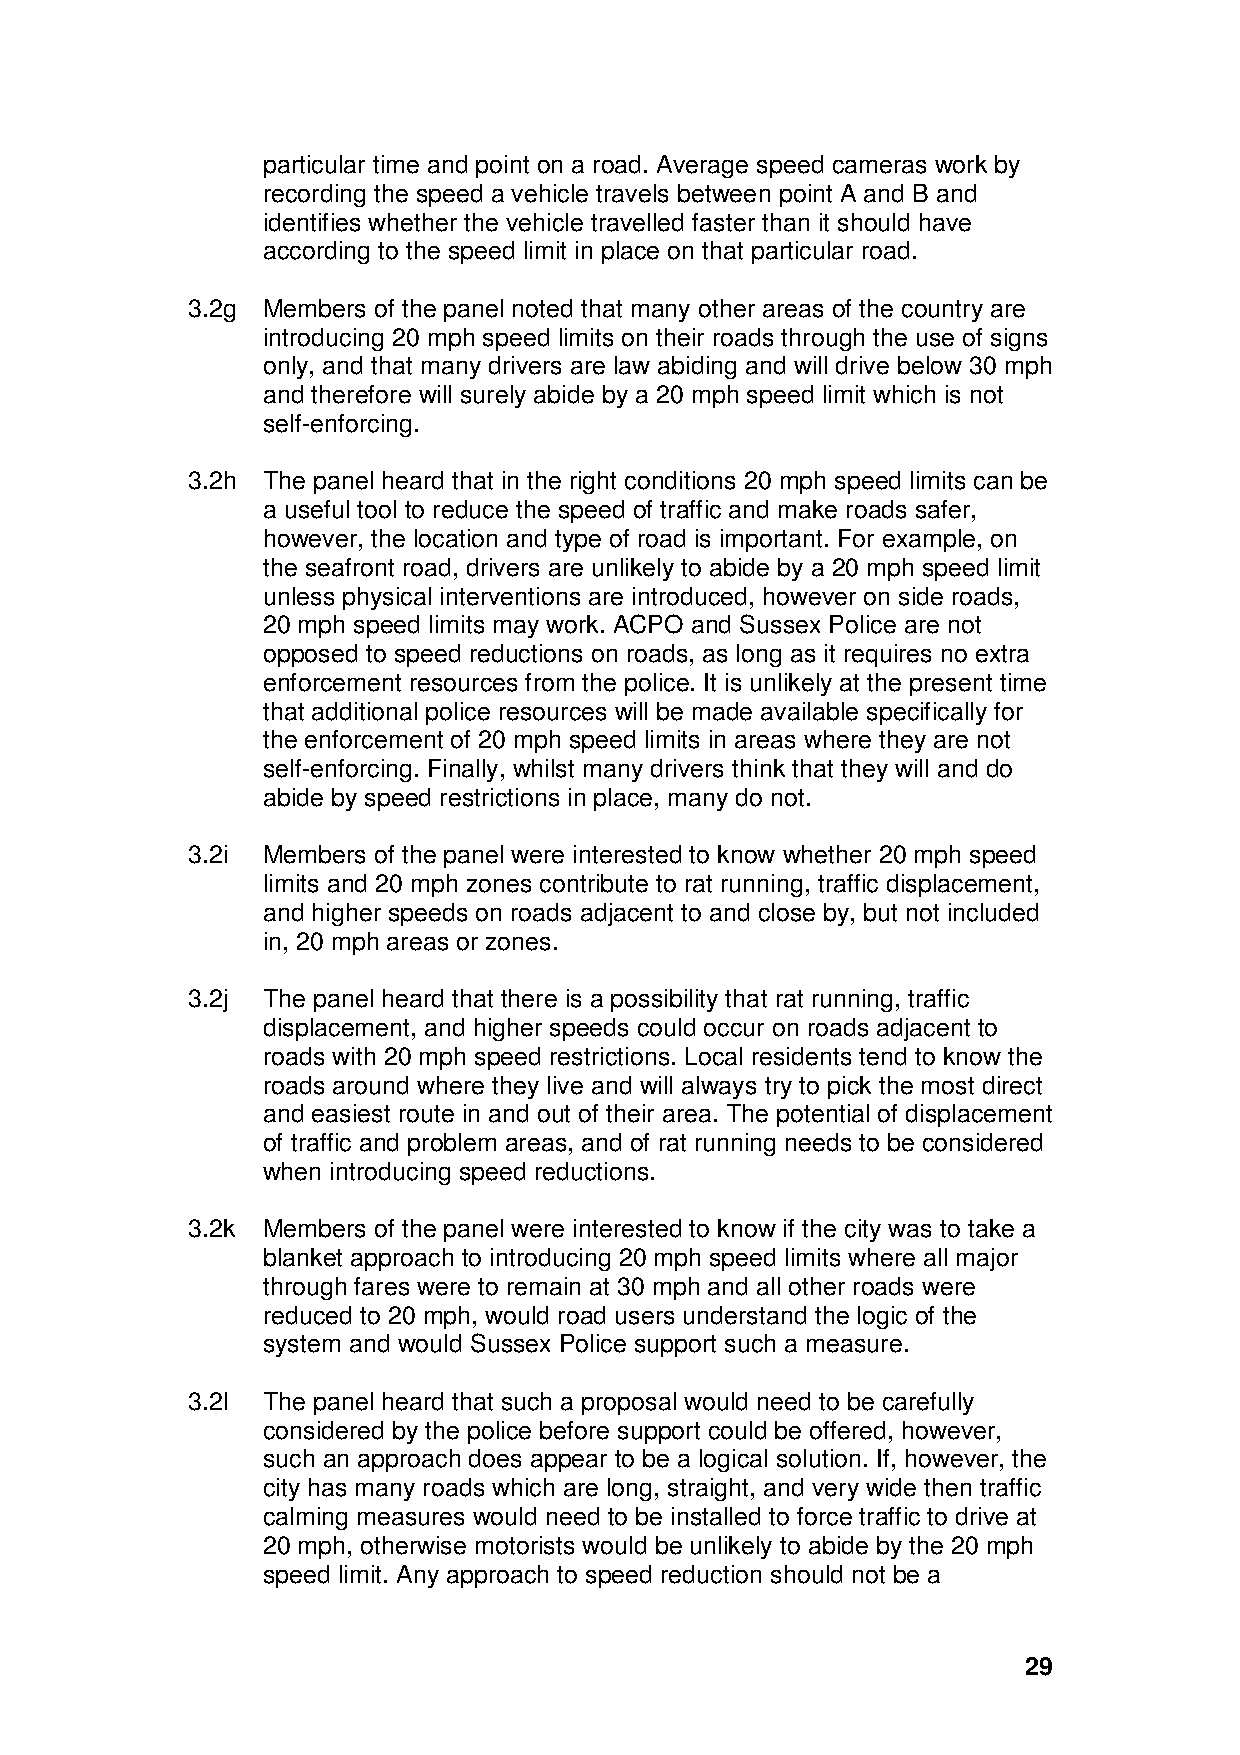
particular time and point on a road. Average speed cameras work by
 recording the speed a vehicle travels between point A and B and
 identifies whether the vehicle travelled faster than it should have
 according to the speed limit in place on that particular road.
 3.2g Members of the panel noted that many other areas of the country are
 introducing 20 mph speed limits on their roads through the use of signs
 only, and that many drivers are law abiding and will drive below 30 mph
 and therefore will surely abide by a 20 mph speed limit which is not
 self-enforcing.
 3.2h The panel heard that in the right conditions 20 mph speed limits can be
 a useful tool to reduce the speed of traffic and make roads safer,
 however, the location and type of road is important. For example, on
 the seafront road, drivers are unlikely to abide by a 20 mph speed limit
 unless physical interventions are introduced, however on side roads,
 20 mph speed limits may work. ACPO and Sussex Police are not
 opposed to speed reductions on roads, as long as it requires no extra
 enforcement resources from the police. It is unlikely at the present time
 that additional police resources will be made available specifically for
 the enforcement of 20 mph speed limits in areas where they are not
 self-enforcing. Finally, whilst many drivers think that they will and do
 abide by speed restrictions in place, many do not.
 3.2i Members of the panel were interested to know whether 20 mph speed
 limits and 20 mph zones contribute to rat running, traffic displacement,
 and higher speeds on roads adjacent to and close by, but not included
 in, 20 mph areas or zones.
 3.2j The panel heard that there is a possibility that rat running, traffic
 displacement, and higher speeds could occur on roads adjacent to
 roads with 20 mph speed restrictions. Local residents tend to know the
 roads around where they live and will always try to pick the most direct
 and easiest route in and out of their area. The potential of displacement
 of traffic and problem areas, and of rat running needs to be considered
 when introducing speed reductions.
 3.2k Members of the panel were interested to know if the city was to take a
 blanket approach to introducing 20 mph speed limits where all major
 through fares were to remain at 30 mph and all other roads were
 reduced to 20 mph, would road users understand the logic of the
 system and would Sussex Police support such a measure.
 3.2l The panel heard that such a proposal would need to be carefully
 considered by the police before support could be offered, however,
 such an approach does appear to be a logical solution. If, however, the
 city has many roads which are long, straight, and very wide then traffic
 calming measures would need to be installed to force traffic to drive at
 20 mph, otherwise motorists would be unlikely to abide by the 20 mph
 speed limit. Any approach to speed reduction should not be a
 29